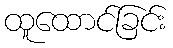
ထူထောင်ခြင်း